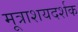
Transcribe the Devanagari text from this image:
मूत्राशयदर्शक